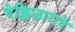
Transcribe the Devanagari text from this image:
चेक्किऴाराचे